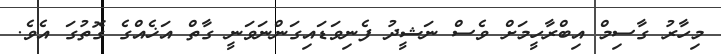
މިހާރު ގާސިމް އިބްރާހީމަށް ވެސް ނަޝީދު ފެނިވަޑައިގަންނަވަނީ ގާތް އަޚެއްގެ ގޮތުގަ އެވެ.